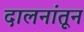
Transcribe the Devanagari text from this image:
दालनांतून